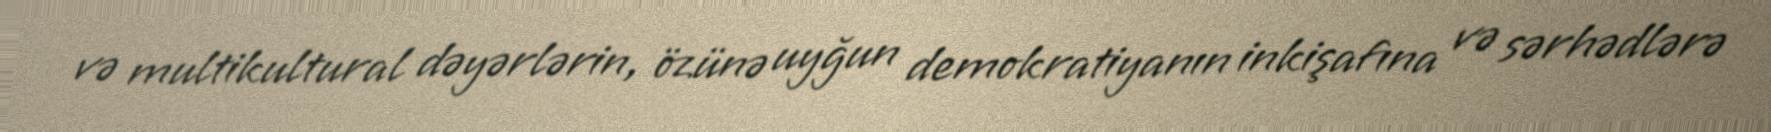
və multikultural dəyərlərin, özünə uyğun demokratiyanın inkişafına və sərhədlərə